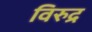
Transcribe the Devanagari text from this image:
विरुद्र